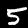
Label: 5